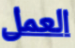
العمل